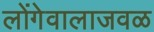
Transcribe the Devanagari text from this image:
लोंगेवालाजवळ